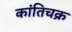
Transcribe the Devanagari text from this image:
कांतिचक्र